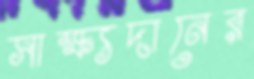
সাক্ষ্যদানের